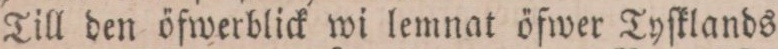
Till den öfwerblick wi lemnat öfwer Tyſklands